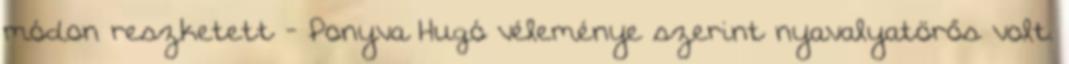
módon reszketett - Ponyva Hugó véleménye szerint nyavalyatörős volt.